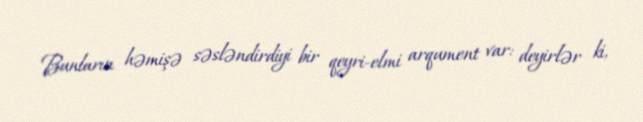
Bunların həmişə səsləndirdiyi bir qeyri-elmi arqument var: deyirlər ki,